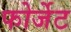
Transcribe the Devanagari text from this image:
फोर्जेट